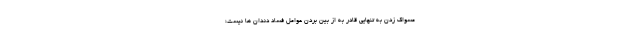
مسواک زدن به تنهایی قادر به از بین بردن عوامل فساد دندان ها نیست؛